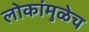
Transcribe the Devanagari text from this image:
लोकांमुळेच